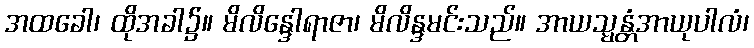
အထခေါ၊ ထိုအခါ၌။ မိလိန္ဒေါရာဇာ၊ မိလိန္ဒမင်းသည်။ အာယသ္မန္တံအာယုပါလံ၊